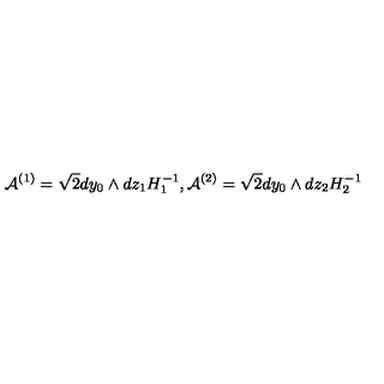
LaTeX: { \cal A } ^ { ( 1 ) } = \sqrt { 2 } d y _ { 0 } \wedge d z _ { 1 } H _ { 1 } ^ { - 1 } , { \cal A } ^ { ( 2 ) } = \sqrt { 2 } d y _ { 0 } \wedge d z _ { 2 } H _ { 2 } ^ { - 1 }